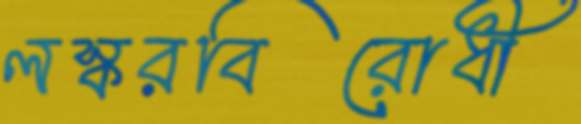
লস্করবিরোধী